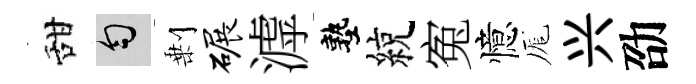
甜匀剰碾滹塾綂寃憶厖兴劭